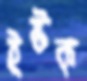
ইষ্টক